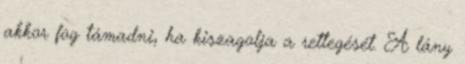
akkor fog támadni, ha kiszagolja a rettegését. A lány